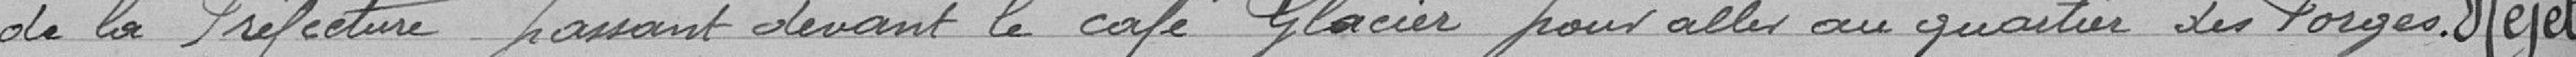
de la Préfecture passant devant le café glacier pour aller au quartier des Forges. Rejeté